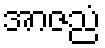
အာဇညံ